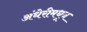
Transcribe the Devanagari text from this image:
अंधेरीमधून